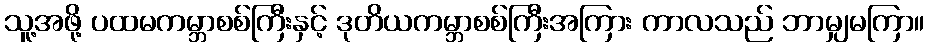
သူ့အဖို့ ပထမကမ္ဘာစစ်ကြီးနှင့် ဒုတိယကမ္ဘာစစ်ကြီးအကြား ကာလသည် ဘာမျှမကြာ။